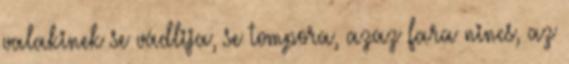
valakinek se vádlija, se tompora, azaz fara nincs, az